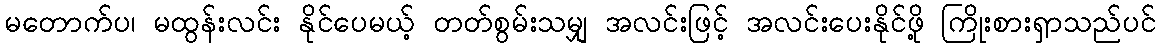
မတောက်ပ၊ မထွန်းလင်း နိုင်ပေမယ့် တတ်စွမ်းသမျှ အလင်းဖြင့် အလင်းပေးနိုင်ဖို့ ကြိုးစားရှာသည်ပင်